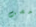
خضت